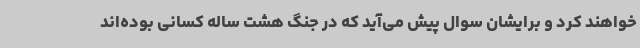
خواهند کرد و برایشان سوال پیش می‌آید که در جنگ هشت ساله کسانی بوده‌اند